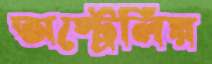
অস্ট্রেলিয়